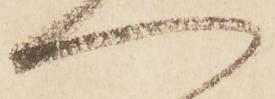
へ